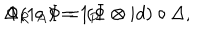
LaTeX: \Delta _ { R } \circ \Phi = ( \Phi \otimes i d ) \circ \Delta , \hspace { 1 c m } \Phi ( 1 _ { A } ) = 1 _ { P }